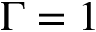
\Gamma = 1